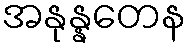
အနုန္နတေန